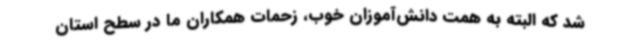
شد که البته به همت دانش‌آموزان خوب، زحمات همکاران ما در سطح استان